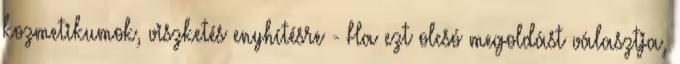
kozmetikumok, viszketés enyhítésre - Ha ezt olcsó megoldást választja,